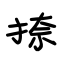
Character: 捺